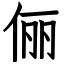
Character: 俪